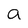
Character: a